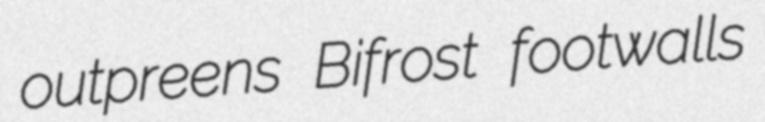
outpreens Bifrost footwalls